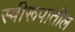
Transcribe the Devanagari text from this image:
स्त्रीरूपातील